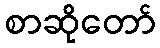
စာဆိုတော်